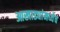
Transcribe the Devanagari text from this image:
आखाड्यांमध्येच